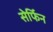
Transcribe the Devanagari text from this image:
सेर्फिन